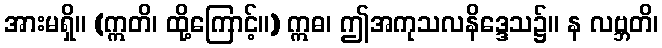
အားမရှိ။ (ဣတိ၊ ထို့ကြောင့်။) ဣဓ၊ ဤအကုသလနိဒ္ဒေသ၌။ န လဗ္ဘတိ၊